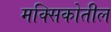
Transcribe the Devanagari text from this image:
मक्सिकोतील